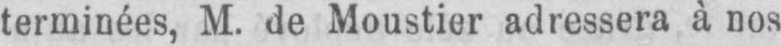
terminées, M. de Moustier adressera à nos